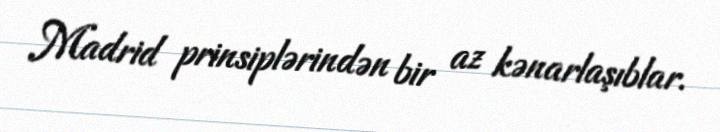
Madrid prinsiplərindən bir az kənarlaşıblar.